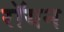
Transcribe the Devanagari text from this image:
रॉयन